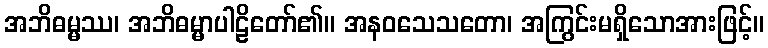
အဘိဓမ္မဿ၊ အဘိဓမ္မာပါဠိတော်၏။ အနဝသေသတော၊ အကြွင်းမရှိသောအားဖြင့်။